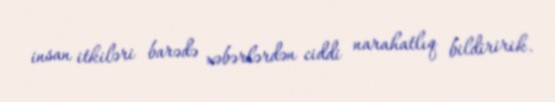
insan itkiləri barədə xəbərlərdən ciddi narahatlıq bildiririk.